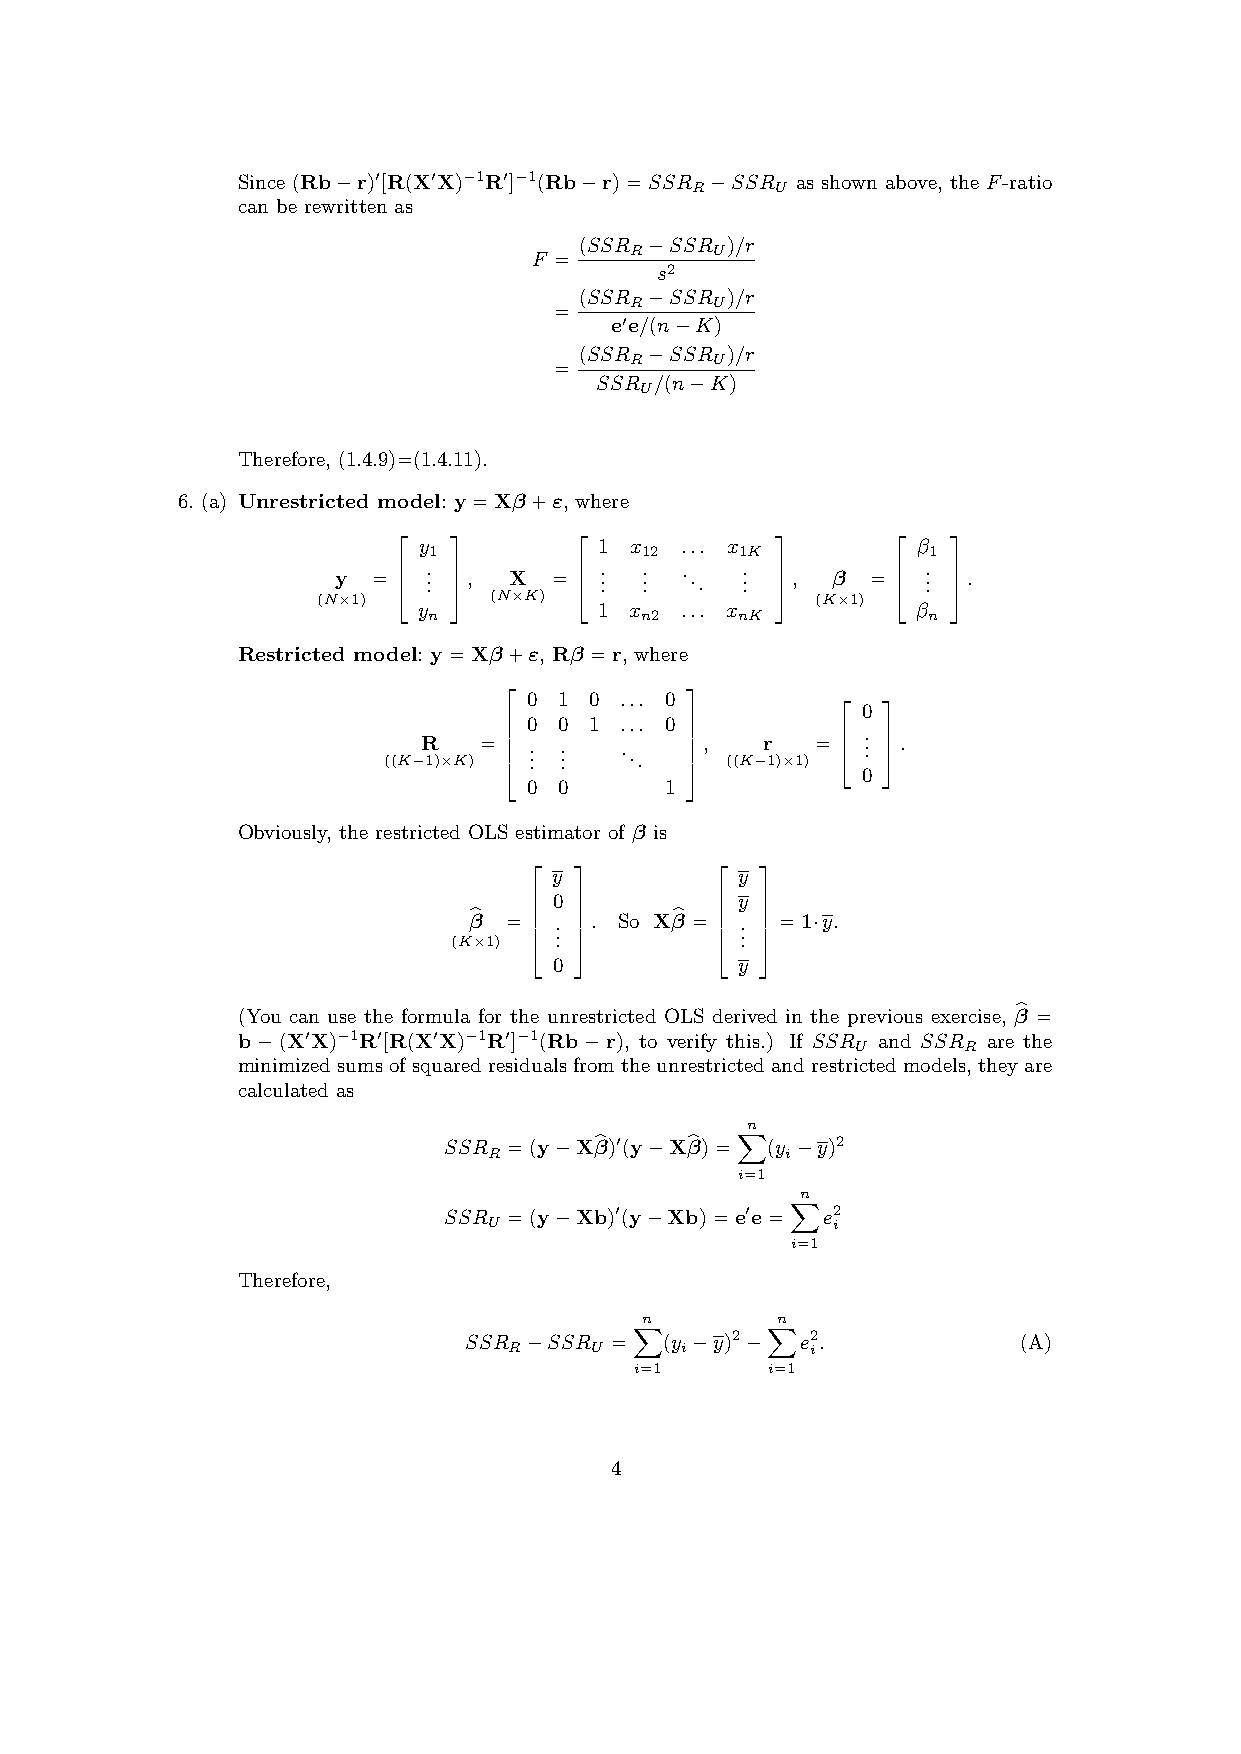
Since (Rb−r)0[R(X0X)−1R0]−1(Rb−r)=SSR −SSR as shown above, the F-ratio
 R    U
 can be rewritten as
 (SSR −SSR )/r
 F =    R    U
 s2
 (SSR −SSR )/r
 =    R    U
 e0e/(n−K)
 (SSR −SSR )/r
 =    R    U
 SSR /(n−K)
 U
 Therefore, (1.4.9)=(1.4.11).
 6. (a) Unrestricted model: y=Xβ+ε, where
 y           1 x  ... x           β
 1             12     1K          1
 y  = . .
 .
  , X =  . .
 .
 . .
 .
 ... . .
 .
  , β  = . .
 .
  .
 (N×1)    (N×K)               (K×1)   
  y n       1 x n2 ... x nK    β n 
 Restricted model: y=Xβ+ε, Rβ =r, where
 0 1 0 ... 0
                       0
 0 0 1 ... 0          . 
 ((K−R 1)×K)= 
 
 . .
 .
 . .
 .
 ...  , ((K−r 1)×1)=
 
 . . .
                      0 
  0 0      1 
 Obviously, the restricted OLS estimator of β is
 y           y
             
 0           y
 β =  . . . So Xβ =  . . =1·y.
 (Kb×1)  .    b  . 
             
  0         y 
 (You can use the formula for the unrestricted OLS derived in the previous exercise, β =
 b−(X0X)−1R0[R(X0X)−1R0]−1(Rb−r), to verify this.) If SSR
 U
 and SSR
 R
 arebthe
 minimizedsumsofsquaredresidualsfromtheunrestrictedandrestrictedmodels, theyare
 calculated as
 n
 SSR  =(y−Xβ)0 (y−Xβ)= (y −y)2
 R                X  i
 b      b  i=1
 n
 SSR  =(y−Xb)0 (y−Xb)=e0 e= e2
 U                   X  i
 i=1
 Therefore,
 n       n
 SSR −SSR =   (y −y)2− e2.            (A)
 R    U  X  i     X  i
 i=1      i=1
 4